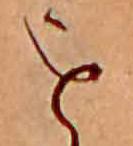
を